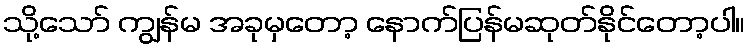
သို့သော် ကျွန်မ အခုမှတော့ နောက်ပြန်မဆုတ်နိုင်တော့ပါ။